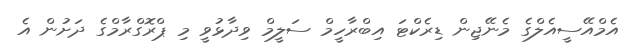
އެމްއޭސީއެލްގެ މެނޭޖިން ޑިރެކްޓަ އިބްރާހީމް ސަލީމް ވިދާޅުވީ މި ޕްރޮގްރާމްގެ ދަށުން އެ